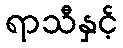
ရာသီနှင့်